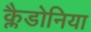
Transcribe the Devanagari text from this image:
क्लैडोनिया